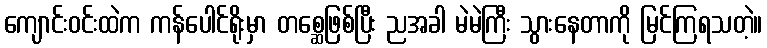
ကျောင်းဝင်းထဲက ကန်ပေါင်ရိုးမှာ တစ္ဆေဖြစ်ပြီး ညအခါ မဲမဲကြီး သွားနေတာကို မြင်ကြရသတဲ့။